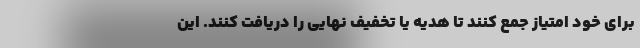
برای خود امتیاز جمع کنند تا هدیه یا تخفیف نهایی را دریافت کنند. این